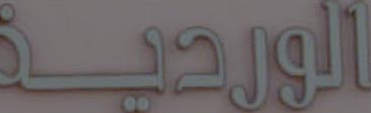
الوردية